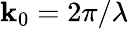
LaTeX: \mathbf{k}_{0}=2\pi/\lambda